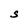
Character: S